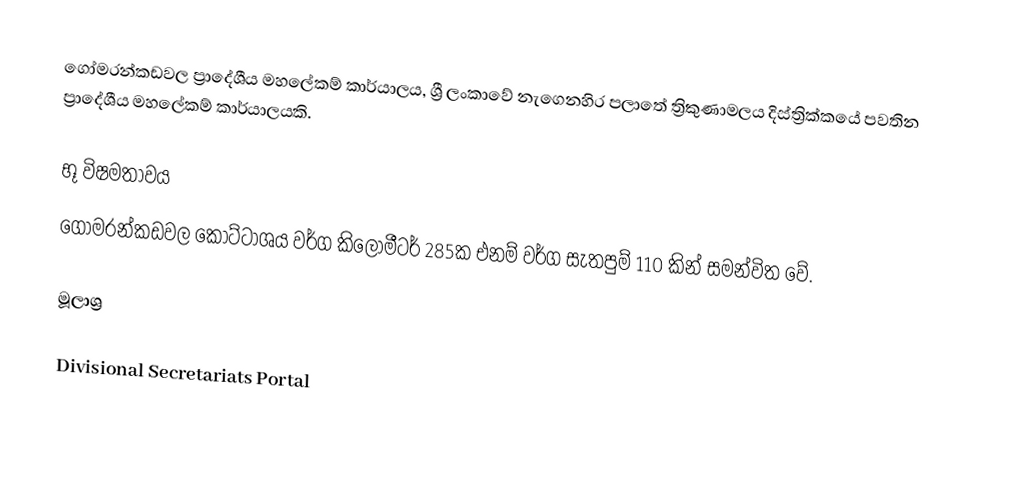
ගෝමරන්කඩවල ප්‍රාදේශීය මහලේකම් කාර්යාලය, ශ්‍රී ලංකාවේ නැගෙනහිර පලාතේ ත්‍රිකුණාමලය දිස්ත්‍රික්කයේ පවතින ප්‍රාදේශීය මහලේකම් කාර්යාලයකි.

භූ විෂමතාවය
ගෝමරන්කඩවල කොට්ටාශය වර්ග කිලෝමීටර් 285ක එනම් වර්ග සැතපුම් 110 කින් සමන්විත ‍වේ.

මූලාශ්‍ර

 Divisional Secretariats Portal